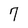
Character: 7